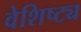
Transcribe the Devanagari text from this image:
वेशिष्ट्य